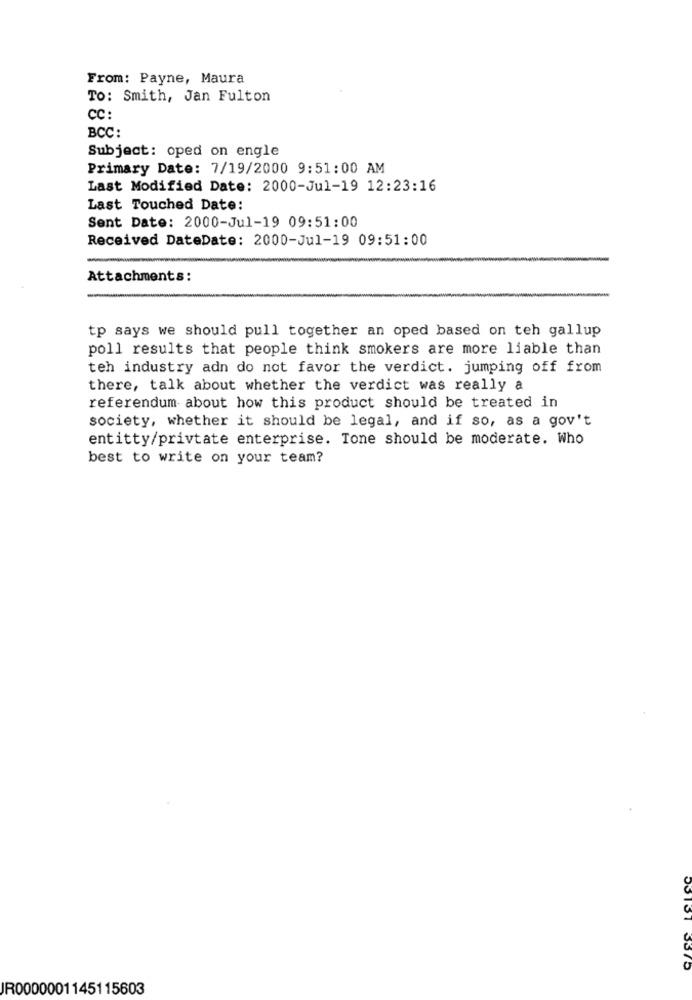
From: Payne, Maura
TO: Smith, Jan Fulton
CC:
BCC :
Subject: oped on engle
Primary Date: 7/19/2000 9:51:00 AM
Last Modified Date: 2000-Jul-19 12:23:16
Last Touched Date:
Sent Date: 2000-Jul-19 09:51:00
Received DateDate: 2000-Jul-19 09:51:00
Attachments:
tp says we should pull together an oped based on teh gallup
poll results that people think smokers are more liable than
teh industry adn do not favor the verdict. jumping off from
there, talk about whether the verdict was really a
referendum- about how this product should be treated in
society, whether it should be legal, and if so, as a gov't
entitty/privtate enterprise. Tone should be moderate. Who
best to write on your team?
05137 3375
JR0000001145115603